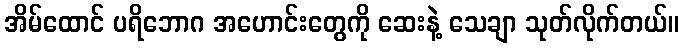
အိမ်ထောင် ပရိဘောဂ အဟောင်းတွေကို ဆေးနဲ့ သေချာ သုတ်လိုက်တယ်။